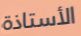
الأستاذة